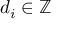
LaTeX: d _ { i } \in \mathbb { Z }